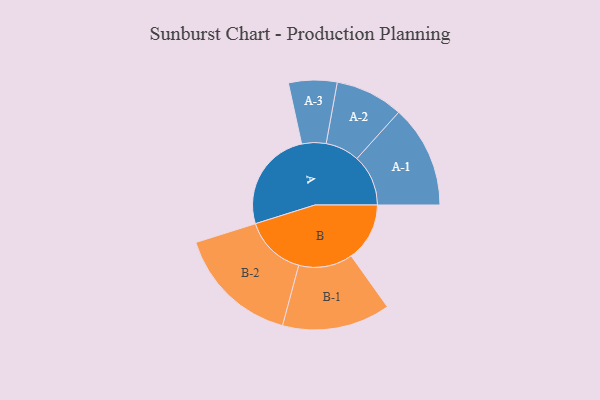
{"axis": {"x": "Segment", "y": "Value"}, "legend": ["", "A", "B"], "data": [{"x": "A", "y": 488, "type": ""}, {"x": "B", "y": 280, "type": ""}, {"x": "A-1", "y": 246, "type": "A"}, {"x": "A-2", "y": 163, "type": "A"}, {"x": "A-3", "y": 116, "type": "A"}, {"x": "B-1", "y": 259, "type": "B"}, {"x": "B-2", "y": 295, "type": "B"}]}